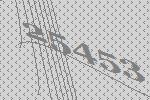
25453